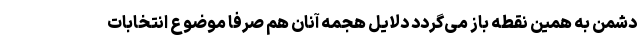
دشمن به همین نقطه باز می‌گردد دلایل هجمه آنان هم صرفا موضوع انتخابات